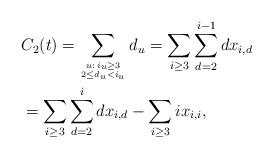
LaTeX: \begin{align*} &C_2(t) = \sum_{u:\,i_u \geq 3 \atop {2 \leq d_u < i_u}} d_u = \sum_{i \geq 3} \sum_{d = 2}^{i-1} dx_{i,d} \\ &= \sum_{i \geq 3}\sum_{d =2}^i dx_{i,d} - \sum_{i \geq 3} i x_{i,i},\\ \end{align*}